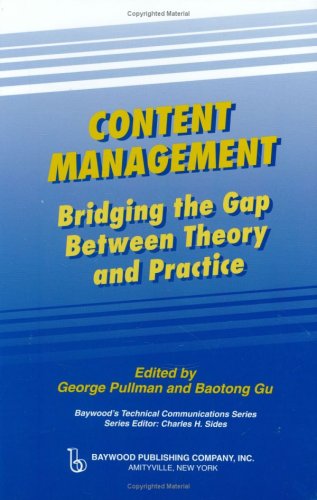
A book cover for Content Management: Bridging the Gap Between Theory and Practice (Baywood's Technical Communications Series); George Pullman; Computers & Technology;